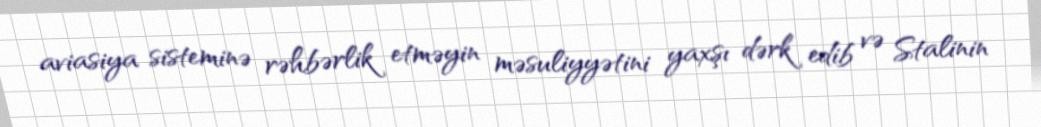
aviasiya sisteminə rəhbərlik etməyin məsuliyyətini yaxşı dərk edib və Stalinin